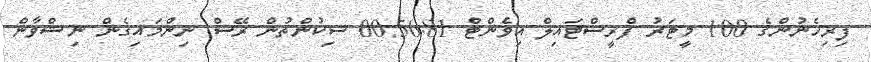
ފިރިހެނުންގެ 100 މީޓަރު ފްރީސްޓައިލް އިވެންޓް 00:56.81 ސިކުންތުން ރޭސް ނިންމައިގެން ނިޝްވާން